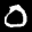
Label: 0